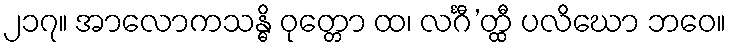
၂၁၇။ အာလောကသန္ဓိ ဝုတ္တော ထ၊ လင်္ဂီ’တ္ထီ ပလိဃော ဘဝေ။